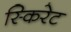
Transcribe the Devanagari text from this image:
स्किरेट